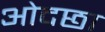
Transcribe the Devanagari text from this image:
ओदछा